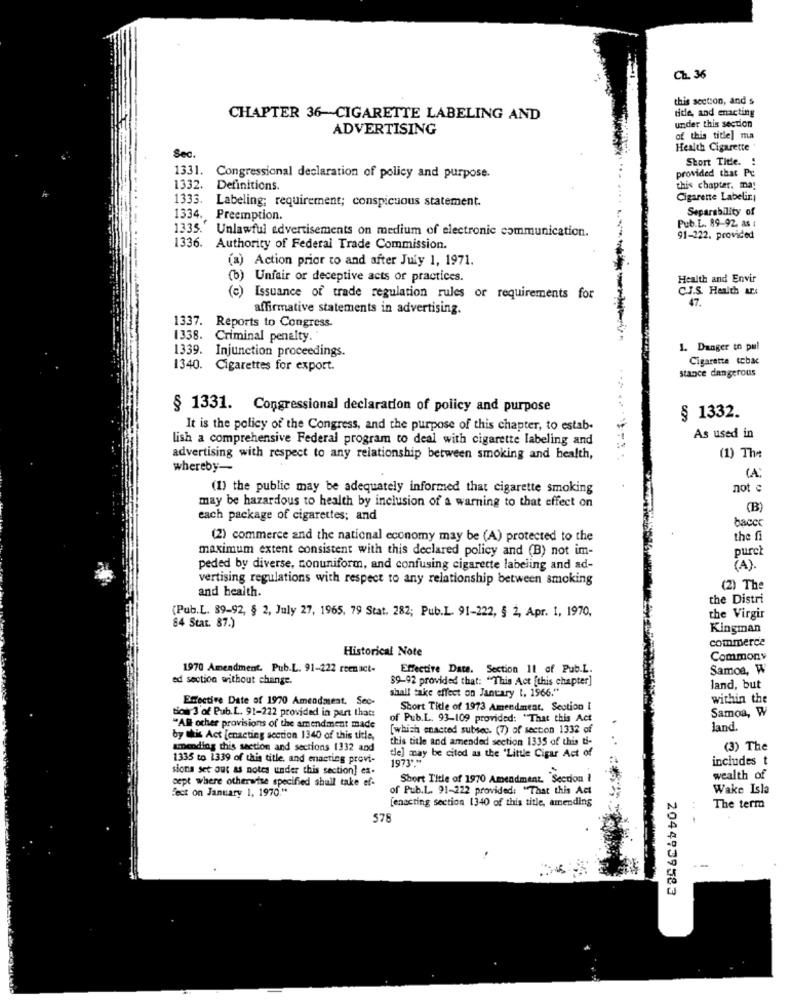
Ch. 36
this section, and s
tide, and enacting
CHAPTER 36-CIGARETTE LABELING AND
ADVERTISING
under this section
of this title] ma
Health Cigarette
Sec.
Stort Title.
1331.
provided that Pc
Congressional declaration of policy and purpose.
1332.
Definitions.
this chapter. may
Cigarette Labeliri
1333. Labeling; requirement; conspicuous statement.
Separability of
1334. Preemption.
Pub.L. 89-92, as :
1335.' Unlawful advertisements on medium of electronic communication.
91-222. provided
1336. Authority of Federal Trade Commission.
(a) Action prior to and after July 1, 1971.
(b) Unfair or deceptive acts or practices.
Health and Envir
C.J.S. Health Ars
(c) Issuance of trade regulation rules or requirements for
47.
affirmative statements in advertising.
1337. Reports to Congress.
1338. Criminal penalty."
1339. Injunction proceedings.
1. Danger to pul
Cigarette ccbac
1340. Cigarettes for export.
stance dangerous
§ 1331. Congressional declaration of policy and purpose
§ 1332.
It is the policy of the Congress, and the purpose of this chapter, to estab.
lish a comprehensive Federal program to deal with cigarette labeling and
As used in
advertising with respect to any relationship between smoking and health,
(1) The
whereby-
(A)
(1) the public may be adequately informed that cigarette smoking
not c
may be hazardous to health by inclusion of a warning to that effect on
(B)
each package of cigarettes; and
baccc
(2) commerce and the national economy may be (A) protected to the
the fi
maximum extent consistent with this declared policy and (B) not im-
purch
peded by diverse, nonuniform, and confusing cigarette labeling and ad-
(A).
vertising regulations with respect to any relationship between smoking
(2) The
and health.
the Distri
(Pub.L. 89-92, § 2, July 27, 1965, 79 Stat. 282; Pub.L. 91-222, § 2, Apr. 1, 1970,
the Virgir
84 Star. 87.)
Kingman
commerce
Historical Note
Commony
1970 Amendment. Pub.L. 91-222 reen act-
Effective Date. Section 11 of Pub.L.
Samos, W
ed section without change.
shall take effect on January 1, 1966."
$9-92 provided that: "This Act [this chapter]
land, but
Eccoctive Date of 1970 Amendment. Sec.
within the
Short Title of 1973 Amendment. Section i
Samoa, W
to 3'of Pub. L. 91-222 provided in part that:
of Pub.L. 93-109 provided: "That this Act
"All other provisions of the amendment made
[which enacted subsec. (7) of section 1332 of
land
by this Act [enacting section 1340 of this title,
this title and amended section 1335 of this ti-
unending this section and sections 1332 and
(3) The
1335 to 1339 of this title, and enacting provi-
tle] may be cited as the "Little Cigar Act of
1973% **
includes t
sions set out as notes under this section] ex-
sept where otherwise specified shall take ef-
Short Title of 1970 Amendment. Section 1
wealth of
Fect on January 1, 1970."
of Pub.L. 91-222 provided: "That this Act
Wake Isla
[enacting section 1340 of this title, amending
The term
578
2044939583